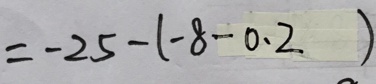
= - 2 5 - ( - 8 - 0 . 2 )